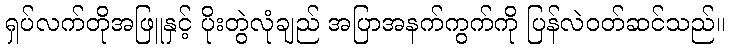
ရှပ်လက်တိုအဖြူနှင့် ပိုးတွဲလုံချည် အပြာအနက်ကွက်ကို ပြန်လဲဝတ်ဆင်သည်။